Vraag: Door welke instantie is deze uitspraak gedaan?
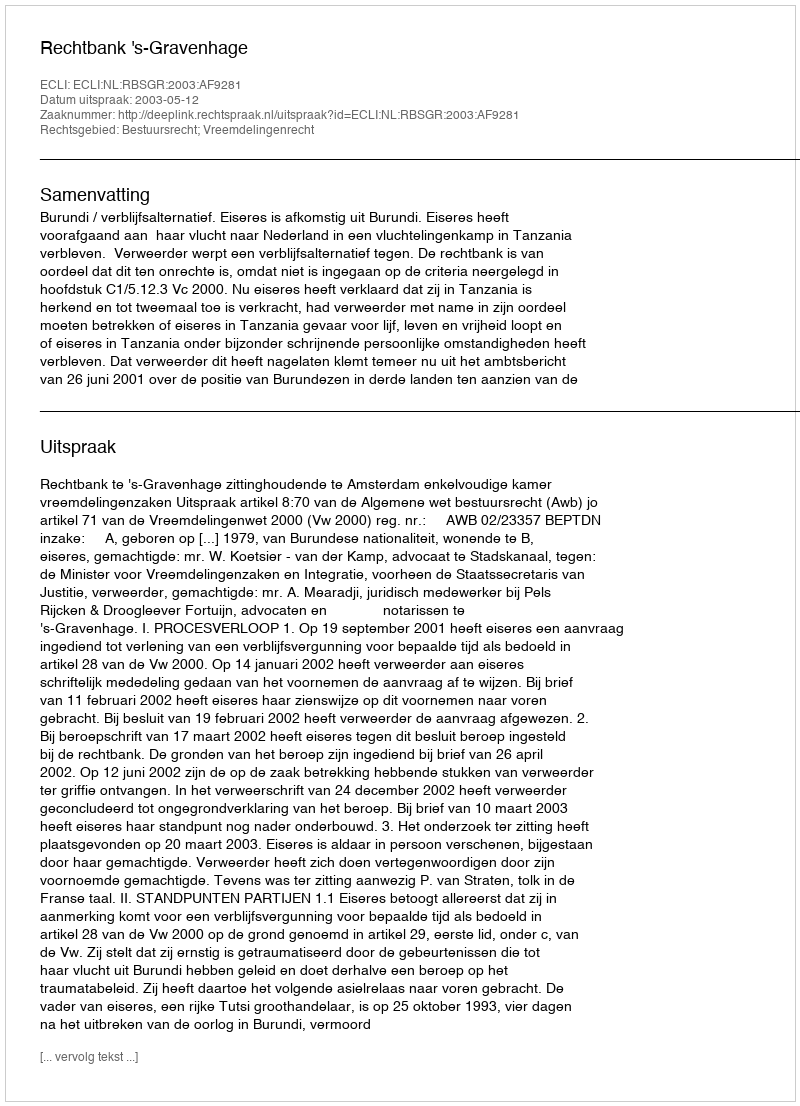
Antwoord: Rechtbank 's-Gravenhage